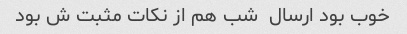
خوب بود ارسال  شب هم از نکات مثبت ش بود